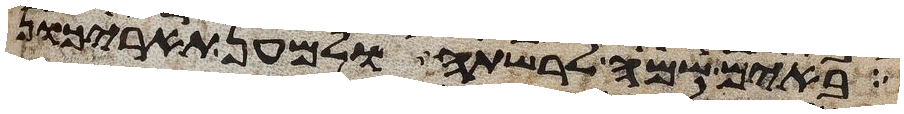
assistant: באים שמה לרשתה ולמען תאריכון